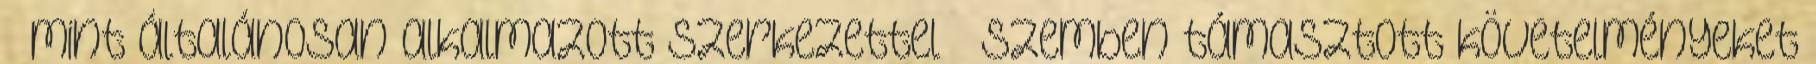
– mint általánosan alkalmazott szerkezettel – szemben támasztott követelményeket